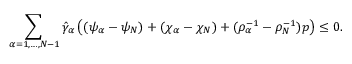
\begin{array} { r } { \displaystyle \sum _ { \alpha = 1 , \dots , N - 1 } \hat { \gamma } _ { \alpha } \left( ( \psi _ { \alpha } - \psi _ { N } ) + ( \chi _ { \alpha } - \chi _ { N } ) + ( \rho _ { \alpha } ^ { - 1 } - \rho _ { N } ^ { - 1 } ) p \right) \leq 0 . } \end{array}